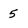
Character: 5